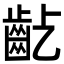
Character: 𪗚